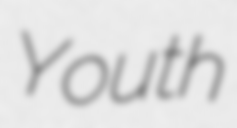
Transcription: Youth